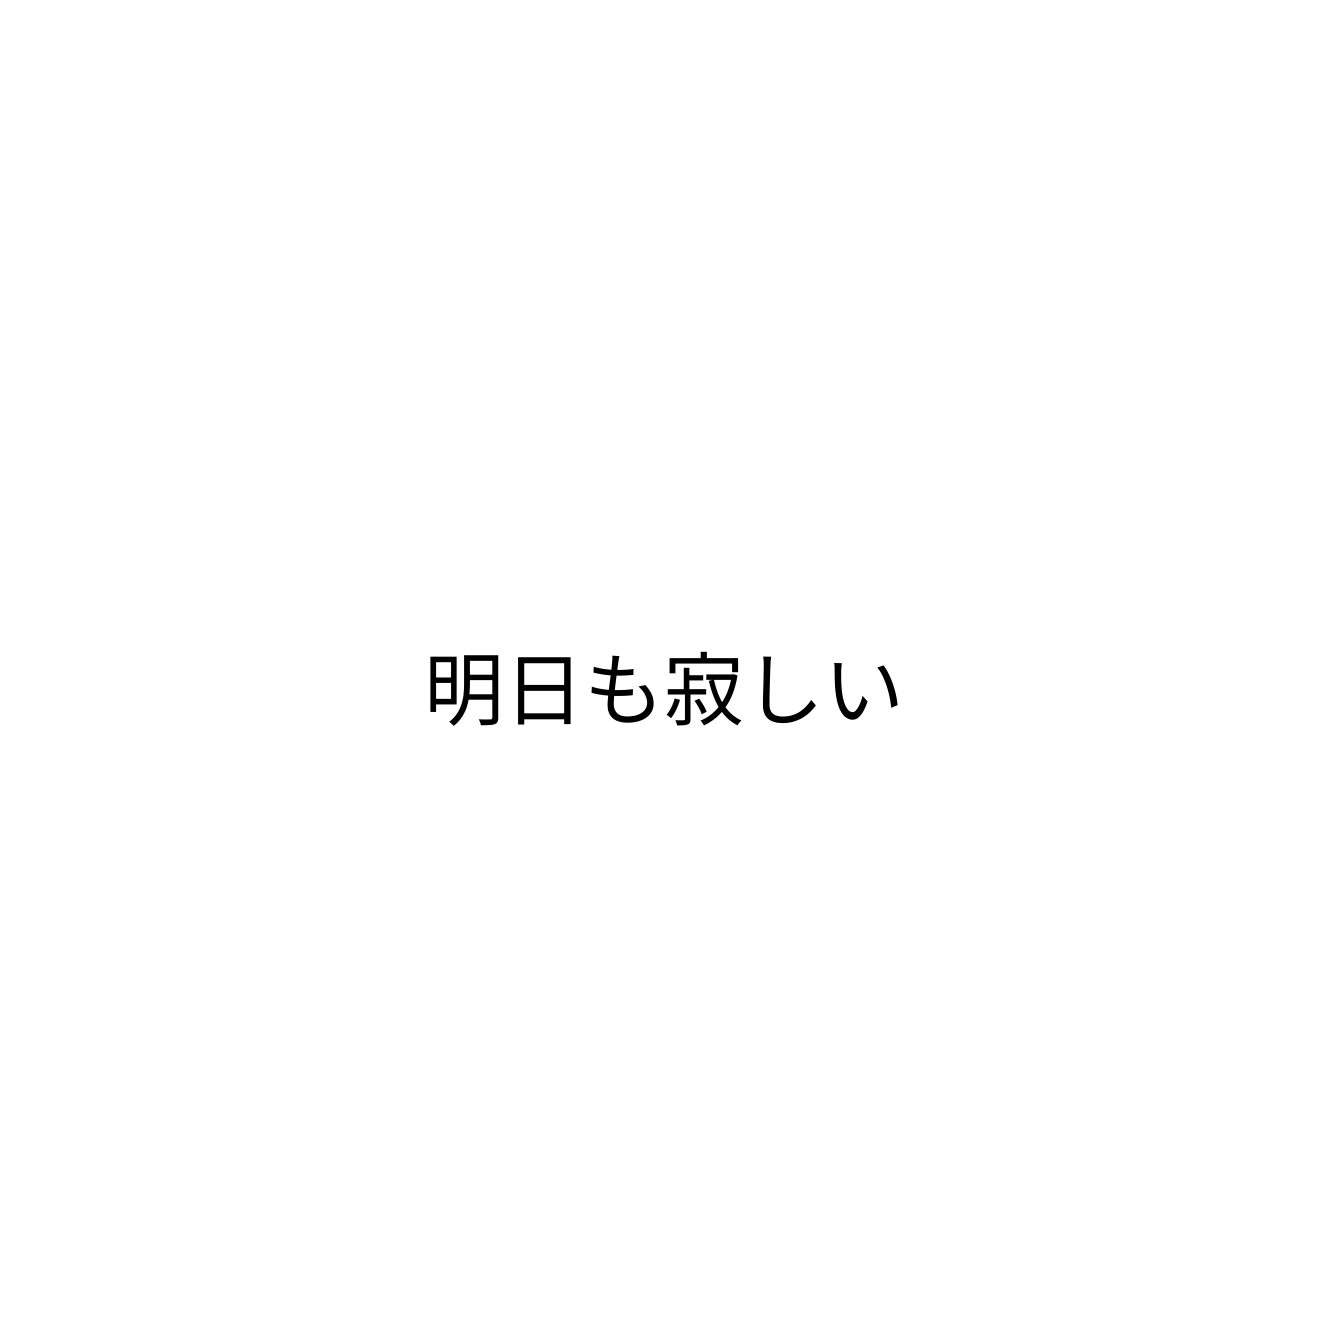
明日も寂しい